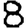
Digit: 8